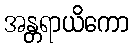
အန္တရာယိကော